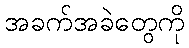
အခက်အခဲတွေကို